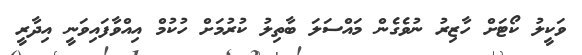
ވަކީލު ކޯޓަށް ހާޒިރު ނުވެގެން މައްސަލަ ބާތިލު ކުރުމަށް ހުކުމް އިއްވާފައިވަނީ އިދާރީ